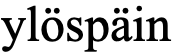
ylöspäin